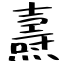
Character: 燾